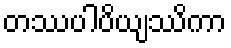
တဿပါပိယျဿိကာ